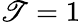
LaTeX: \mathscr{T}=1